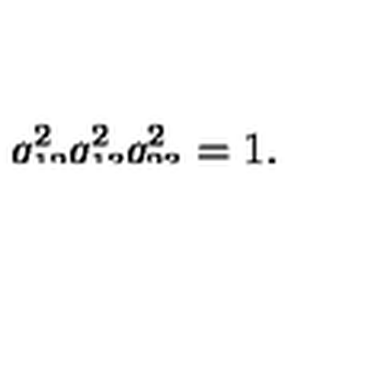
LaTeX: \smash { q _ { 1 2 } ^ { 2 } q _ { 1 3 } ^ { 2 } q _ { 2 3 } ^ { 2 } } = 1 .